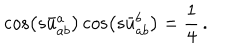
LaTeX: \cos \left( s \bar { u } _ { a b } ^ { a } \right) \cos \left( s \bar { u } _ { a b } ^ { b } \right) = \frac { 1 } { 4 } \, .